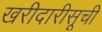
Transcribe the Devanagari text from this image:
खरीदारीसूची